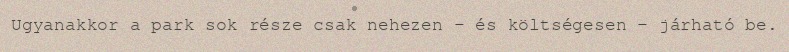
Ugyanakkor a park sok része csak nehezen – és költségesen – járható be.